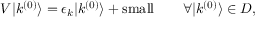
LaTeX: V | k ^ { ( 0 ) } \rangle = \epsilon _ { k } | k ^ { ( 0 ) } \rangle + { \mathrm { s m a l l } } \qquad \forall | k ^ { ( 0 ) } \rangle \in D ,